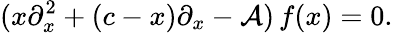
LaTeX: (x\partial_{x}^{2}+(c-x)\partial_{x}-\mathcal{A})\, f(x)=0.